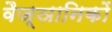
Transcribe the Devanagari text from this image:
वैज्ञानिकों